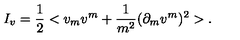
I _ { v } = \frac { 1 } { 2 } < v _ { m } v ^ { m } + \frac { 1 } { m ^ { 2 } } ( \partial _ { m } v ^ { m } ) ^ { 2 } > .